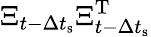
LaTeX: \Xi_{t-\Delta t_{\textrm{s}}}\Xi_{t-\Delta t_{\textrm{s}}}^{\textrm{T}}